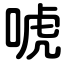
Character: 唬